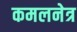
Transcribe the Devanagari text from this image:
कमलनेत्र